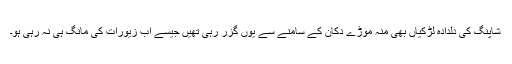
شاپنگ کی دلدادہ لڑکیاں بھی منہ موڑے دُکان کے سامنے سے یوں گزر رہی تھیں جیسے اب زیورات کی مانگ ہی نہ رہی ہو۔